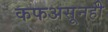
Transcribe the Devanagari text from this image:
कफअसूनही